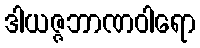
ဒါယဇ္ဇဘာဏဝါရော